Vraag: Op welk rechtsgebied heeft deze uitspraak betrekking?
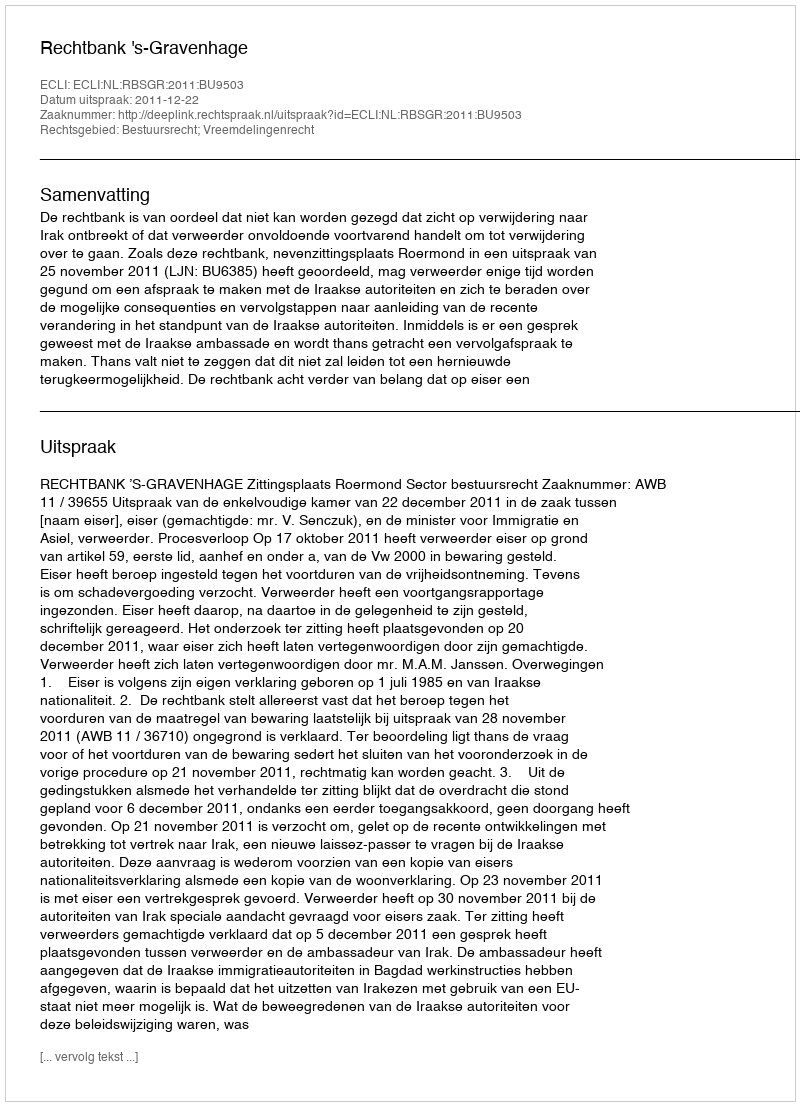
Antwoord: Bestuursrecht; Vreemdelingenrecht